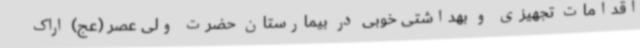
اقدامات تجهیزی و بهداشتی خوبی در بیمارستان حضرت ولی عصر (عج) اراک